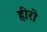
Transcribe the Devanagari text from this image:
हीरो